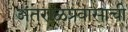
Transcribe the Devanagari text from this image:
अंतराळप्रवासाची